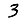
Digit: 3